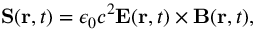
\mathbf { S } ( \mathbf { r } , t ) = \epsilon _ { 0 } c ^ { 2 } \mathbf { E } ( \mathbf { r } , t ) \times \mathbf { B } ( \mathbf { r } , t ) ,